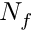
N _ { f }